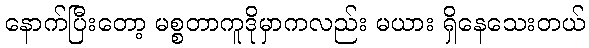
နောက်ပြီးတော့ မစ္စတာကူဒိုမှာကလည်း မယား ရှိနေသေးတယ်